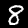
Label: 8